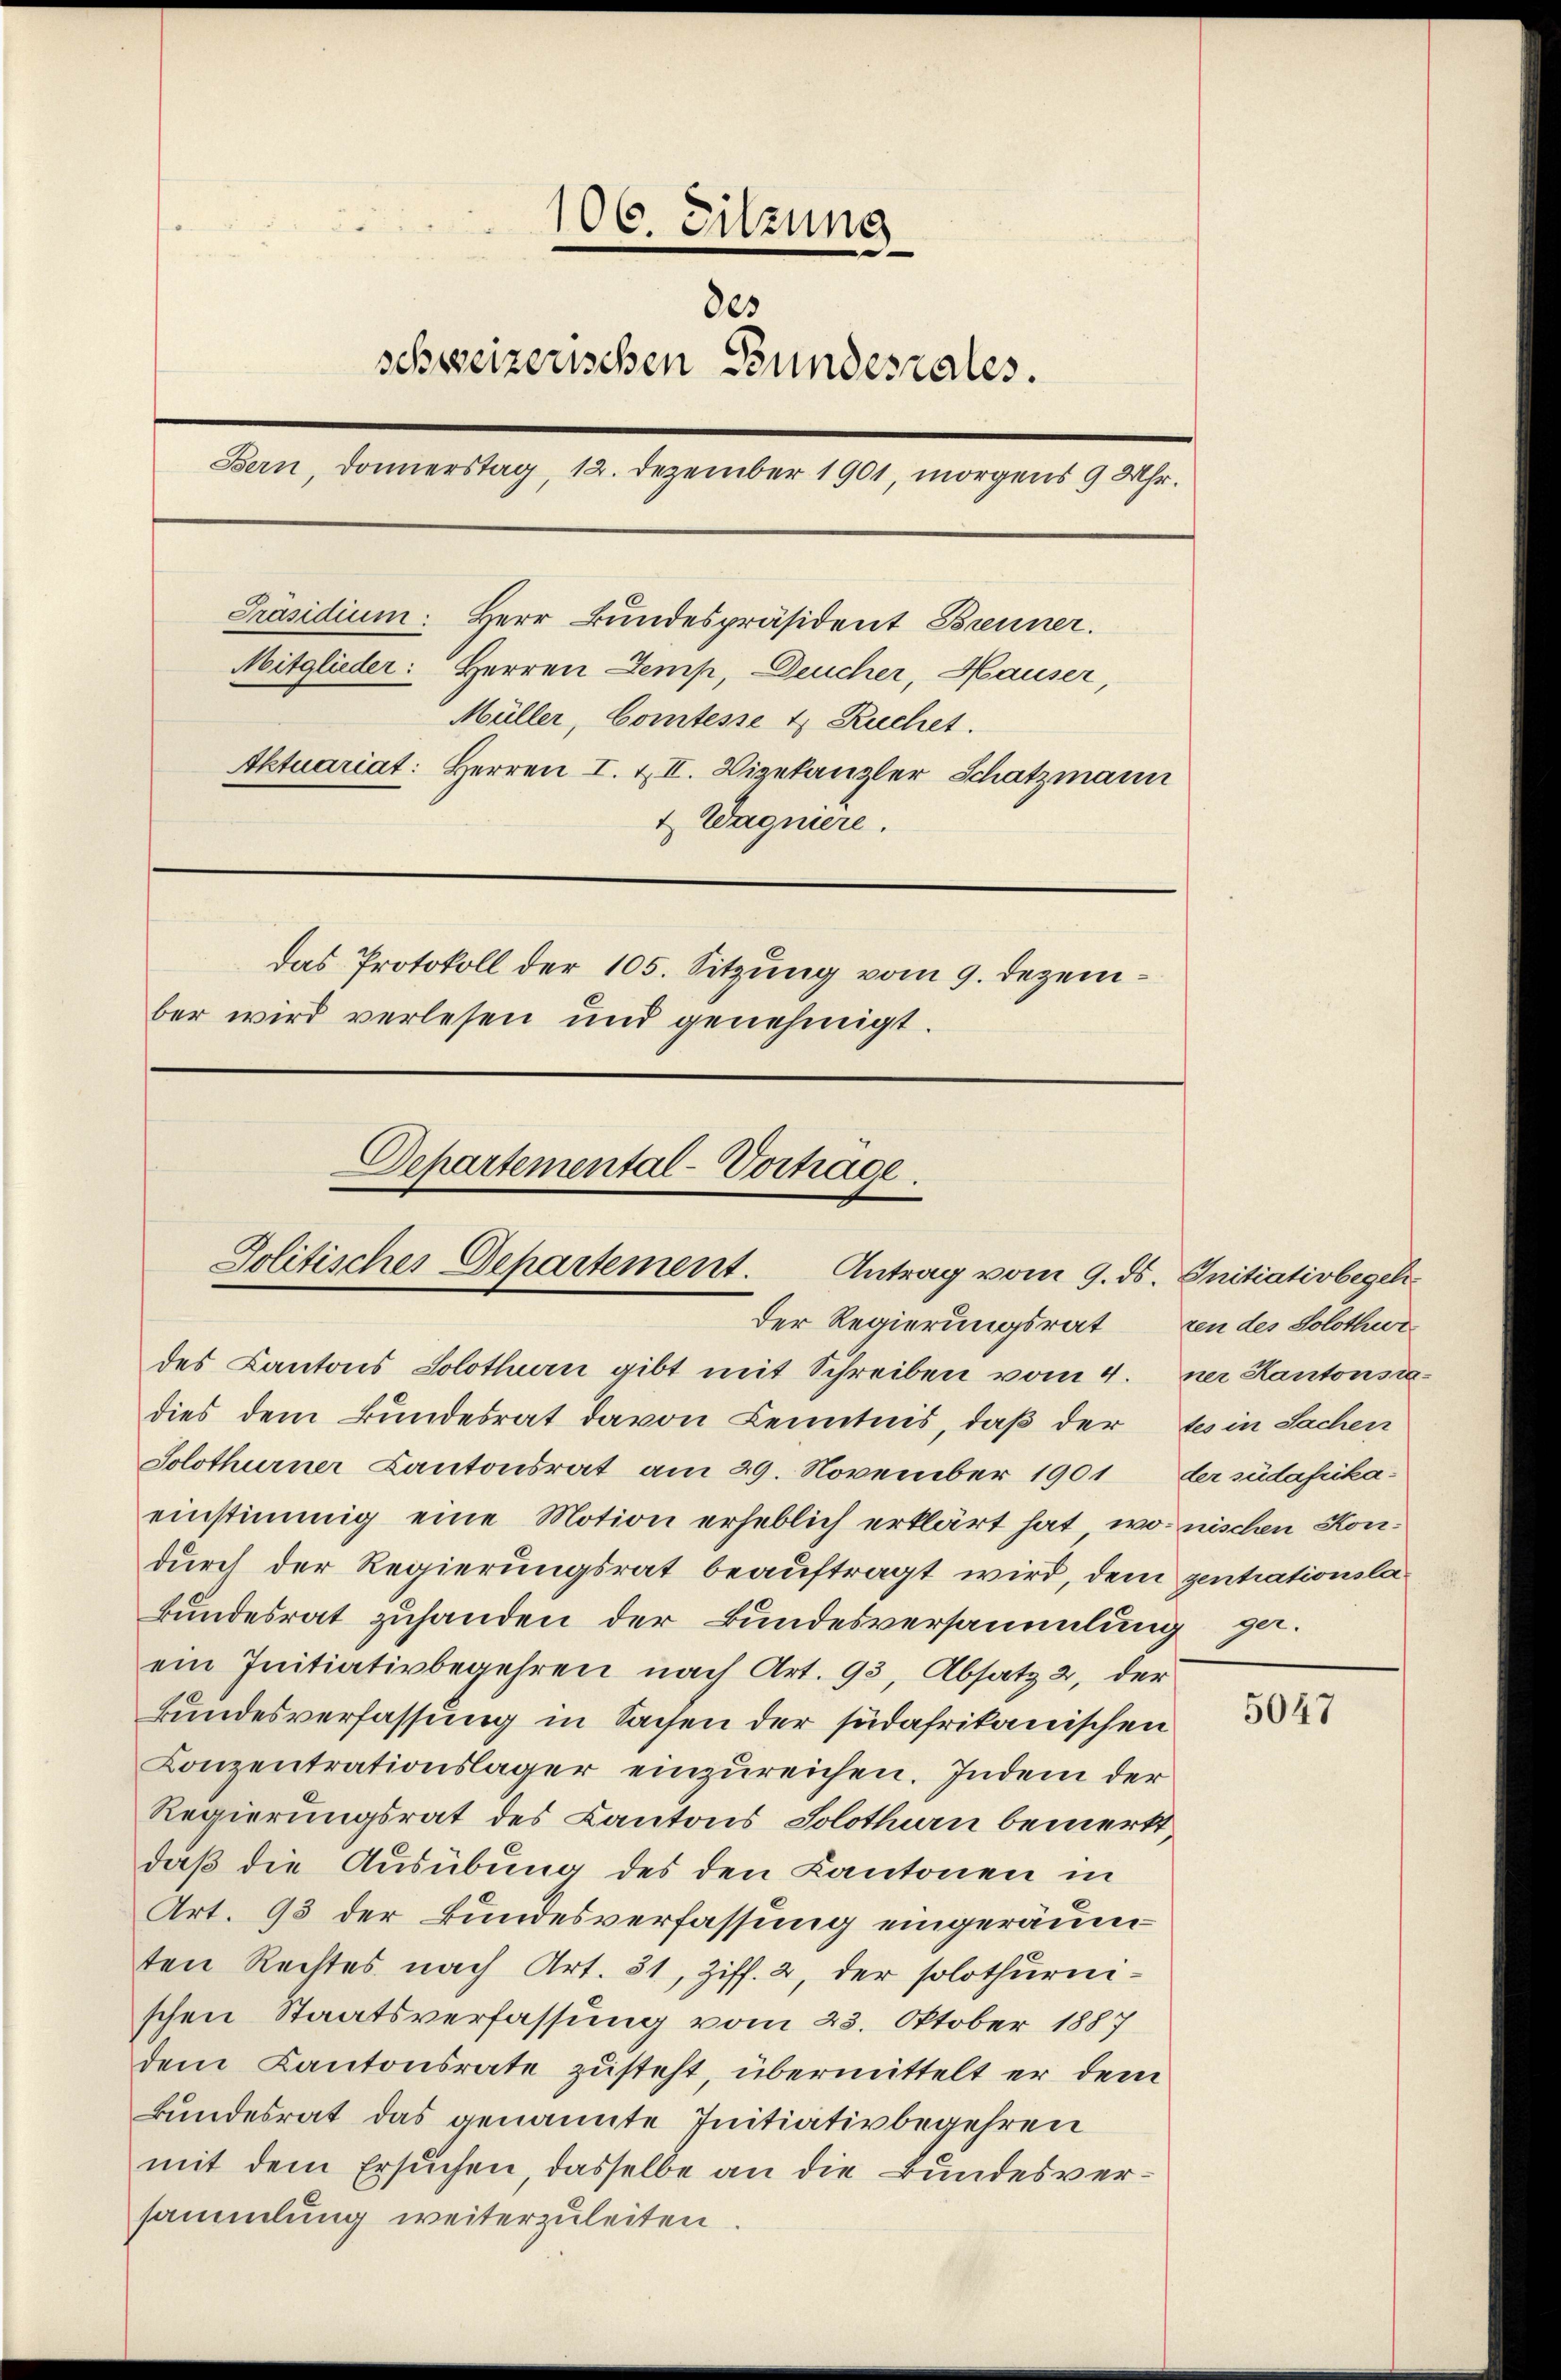
106. Sitzung
des
schweizerischen Bundesrates.
Bern, Donnerstag, 12. Dezember 1901, morgens 9 Uhr.
Präsidium: Herr Bundespräsident Brenner.
Mitglieder: Herren Temp, Deucher, Hauser,
Müller, Comtesse & Ruchet.
Aktuariat: Herren I. & II. Vizekanzler Schatzmann
t Wagniere.
Das Protokoll der 105. Sitzung vom 9. Dezember wird verlesen und genehmigt.

Departemental-Vortrage.
Politischer Departement. Antrag vom 9. ds. Initiativbegeh
Der Regierungsrat in des Solothur

des Kantons Solothurn gibt mit Schreiben vom 4. ner Kantonsradies dem Bundesrat davon Kenntnis, daß der tes in Sachen
Solothurner Kantonsrat am 29. November 1901 der südafikaeinstimmig eine Motion erheblich erklärt hat, wo nischen Kondurch der Regierungsrat beauftragt wird, dem zentrationsla¬
Bundesrat zuhanden der Bundesversammlung gaein Initiativbegehren nach Art. 93, Absatz 2, der
Bundesverfassung in Sachen der südafrikanischen
Conzentrationslager einzureichen. Indem der
Regierungsrat des Kantons Solothurn bemerkt,
daß die Ausübung des den Kantonen in
Art. 93 der Bundesverfassung eingeräumten Rechtes nach Art. 51, Ziff. 2, der solothurnischen Staatsverfassung vom 23. Oktober 1887
dem Kantonsrate zusteht, übermittelt er dem
Bundesrat das genannte Initiativbegehren
mit dem Ersuchen, dasselbe an die Bundesversammlung weiterzuleiten

5047